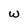
Character: w